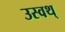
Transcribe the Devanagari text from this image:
उस्वथ्